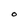
Character: O